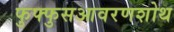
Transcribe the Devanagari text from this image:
फुफ्फुसआवरणशोथ